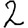
Digit: 2